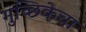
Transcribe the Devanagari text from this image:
गुच्छिकेचा